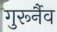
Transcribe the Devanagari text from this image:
गुरूर्नैव